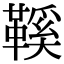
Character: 鞵